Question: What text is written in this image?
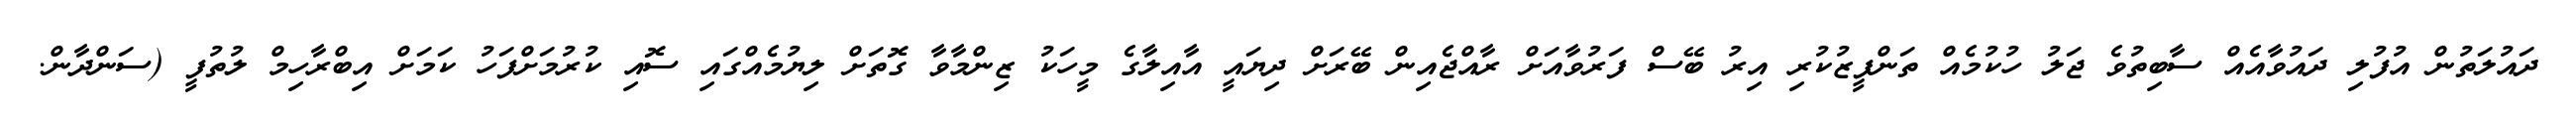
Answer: ދައުލަތުން އުފުލި ދައުވާއެއް ސާބިތުވެ ޖަލު ހުކުމެއް ތަންފީޒުކުރި އިރު ބޭސް ފަރުވާއަށް ރާއްޖެއިން ބޭރަށް ދިޔައީ އާއިލާގެ މީހަކު ޒިންމާވާ ގޮތަށް ލިޔުމެއްގައި ސޮއި ކުރުމަށްފަހު ކަމަށް އިބްރާހިމް ލުތުފީ (ސަންދާން.